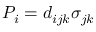
P _ { i } = d _ { i j k } \sigma _ { j k }